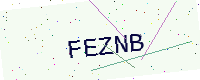
Text: FEZNB